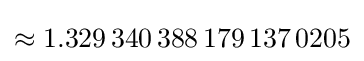
\approx 1.329\,340\,388\,179\,137\,0205